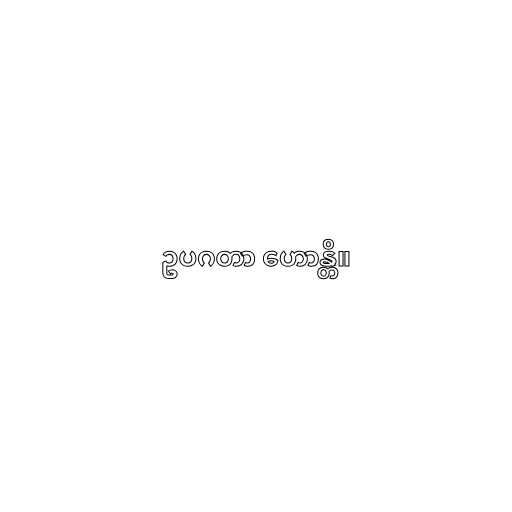
ဥပဂတာ ဟောန္တိ။